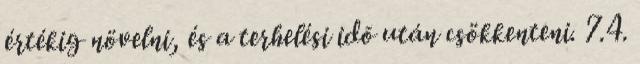
értékig növelni, és a terhelési idõ után csökkenteni. 7.4.